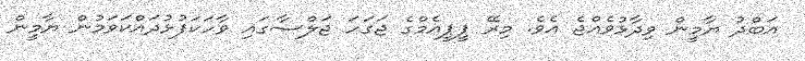
އަބްދު ޔާމީން ވިދާޅުވެއްޖެ އެވެ. މިރޭ ޕީޕީއެމްގެ ޖަގަހަ ޖަލްސާގައި ވާހަކަފުޅުދައްކަވަމުން ޔާމީން